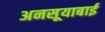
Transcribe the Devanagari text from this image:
अनसूयाबाई